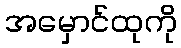
အမှောင်ထုကို